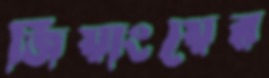
জিয়াংয়ের